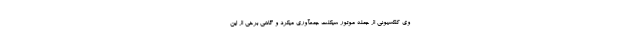
وی کلکسیونی از جمله موتور سیکلت جمعآوری میکرد و گاهی برخی از این